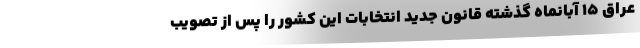
عراق ۱۵ آبانماه گذشته قانون جدید انتخابات این کشور را پس از تصویب